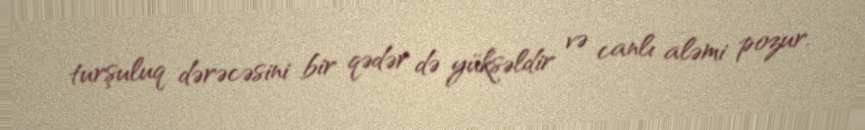
turşuluq dərəcəsini bir qədər də yüksəldir və canlı aləmi pozur.